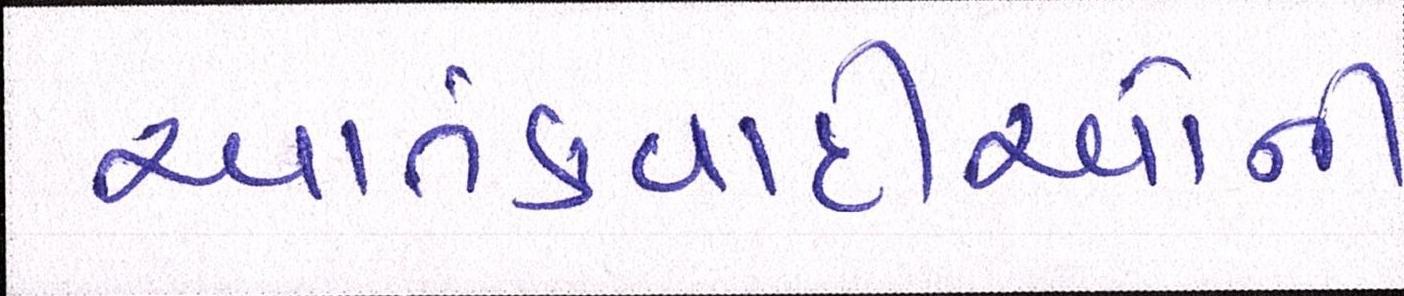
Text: આતંકવાદીઓની